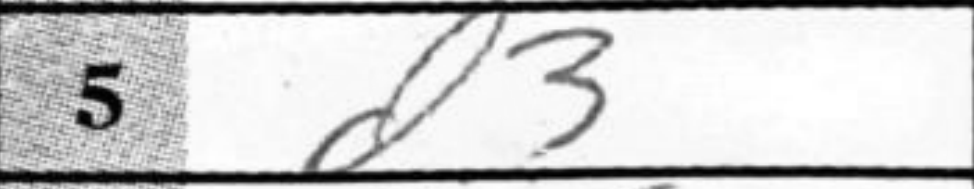
Transcription: d3